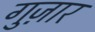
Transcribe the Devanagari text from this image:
गुज़़ार